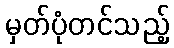
မှတ်ပုံတင်သည့်